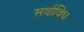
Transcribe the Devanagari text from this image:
सर्वाविध